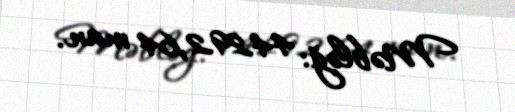
Məbləğ: 44292,64 man.